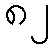
၈၂